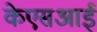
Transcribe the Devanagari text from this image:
केएसआई